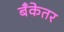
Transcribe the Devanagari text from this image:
बँकेतर